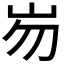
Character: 𱛎